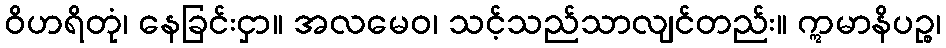
ဝိဟရိတုံ၊ နေခြင်းငှာ။ အလမေဝ၊ သင့်သည်သာလျင်တည်း။ ဣမာနိပဉ္စ၊